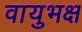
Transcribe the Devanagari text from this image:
वायुभक्ष